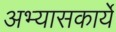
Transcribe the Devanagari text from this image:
अभ्यासकार्ये